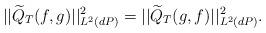
LaTeX: \begin{align*}||\widetilde Q_T(f,g)||^2_{L^2(dP)}=||\widetilde Q_T(g,f)||^2_{L^2(dP)}.\end{align*}